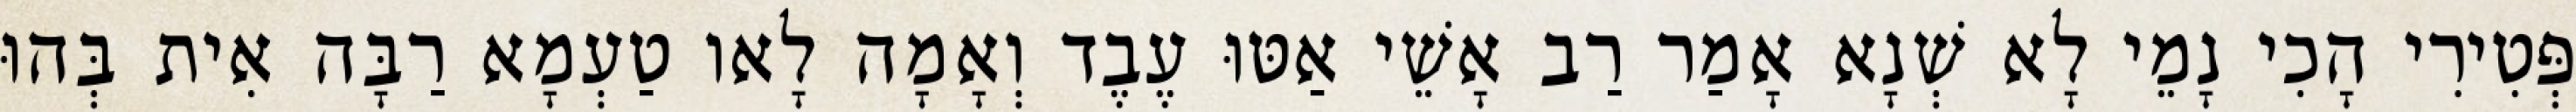
פְּטִירִי הָכִי נָמֵי לָא שְׁנָא אָמַר רַב אָשֵׁי אַטּוּ עֶבֶד וְאָמָה לָאו טַעְמָא רַבָּה אִית בְּהוּ